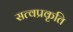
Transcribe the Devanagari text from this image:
सत्वप्रकृति